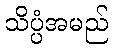
သိပ္ပံအမည်